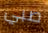
صبي